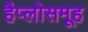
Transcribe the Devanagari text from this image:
हैप्लोसमूह